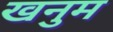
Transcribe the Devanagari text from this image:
खनुम